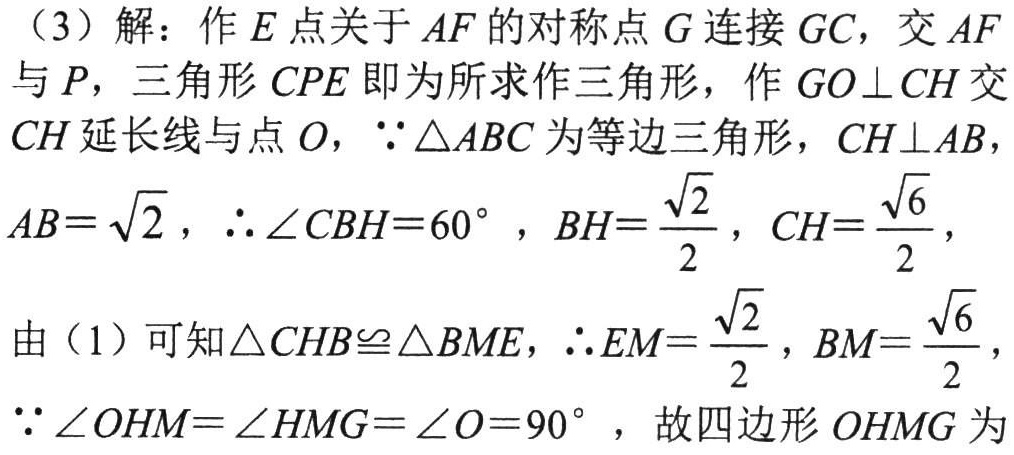
（3）解：作\(E\)点关于\(AF\)的对称点\(G\)连接\(GC\)，交\(AF\)与\(P\)，三角形\(CPE\)即为所求作三角形，作\(GO\perp CH\)交\(CH\)延长线与点\(O\)，\(\because\triangle ABC\)为等边三角形，\(CH\perp AB\)，\(AB = \sqrt{2}\)，\(\therefore\angle CBH = 60^{\circ}\)，\(BH=\frac{\sqrt{2}}{2}\)，\(CH=\frac{\sqrt{6}}{2}\)，由（1）可知\(\triangle CHB\cong\triangle BME\)，\(\therefore EM=\frac{\sqrt{2}}{2}\)，\(BM=\frac{\sqrt{6}}{2}\)，\(\because\angle OHM=\angle HMG=\angle O = 90^{\circ}\)，故四边形\(OHMG\)为